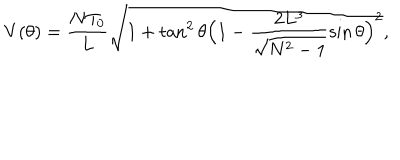
V ( \theta ) = \frac { N T _ { 0 } } { L } \sqrt { 1 + \tan ^ { 2 } { \theta } \Bigl ( 1 - \frac { 2 L ^ { 3 } } { \sqrt { N ^ { 2 } - 1 } } \sin { \theta } \Bigr ) ^ { 2 } } ,